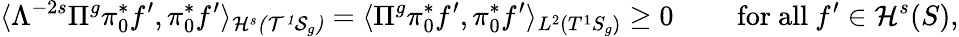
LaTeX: \langle\Lambda^{-2s}\Pi^{g}\pi_{0}^{*}f^{\prime},\pi_{0}^{*}f^{\prime}\rangle_{\cal{H}^{s}(T^{1}S_{g})}=\langle\Pi^{g}\pi_{0}^{*}f^{\prime},\pi_{0}^{*}f^{\prime}\rangle_{L^{2}(T^{1}S_{g})}\geq 0\qquad\mathrm{~for~all~}f^{\prime}\in\mathcal{H}^{s}(S),